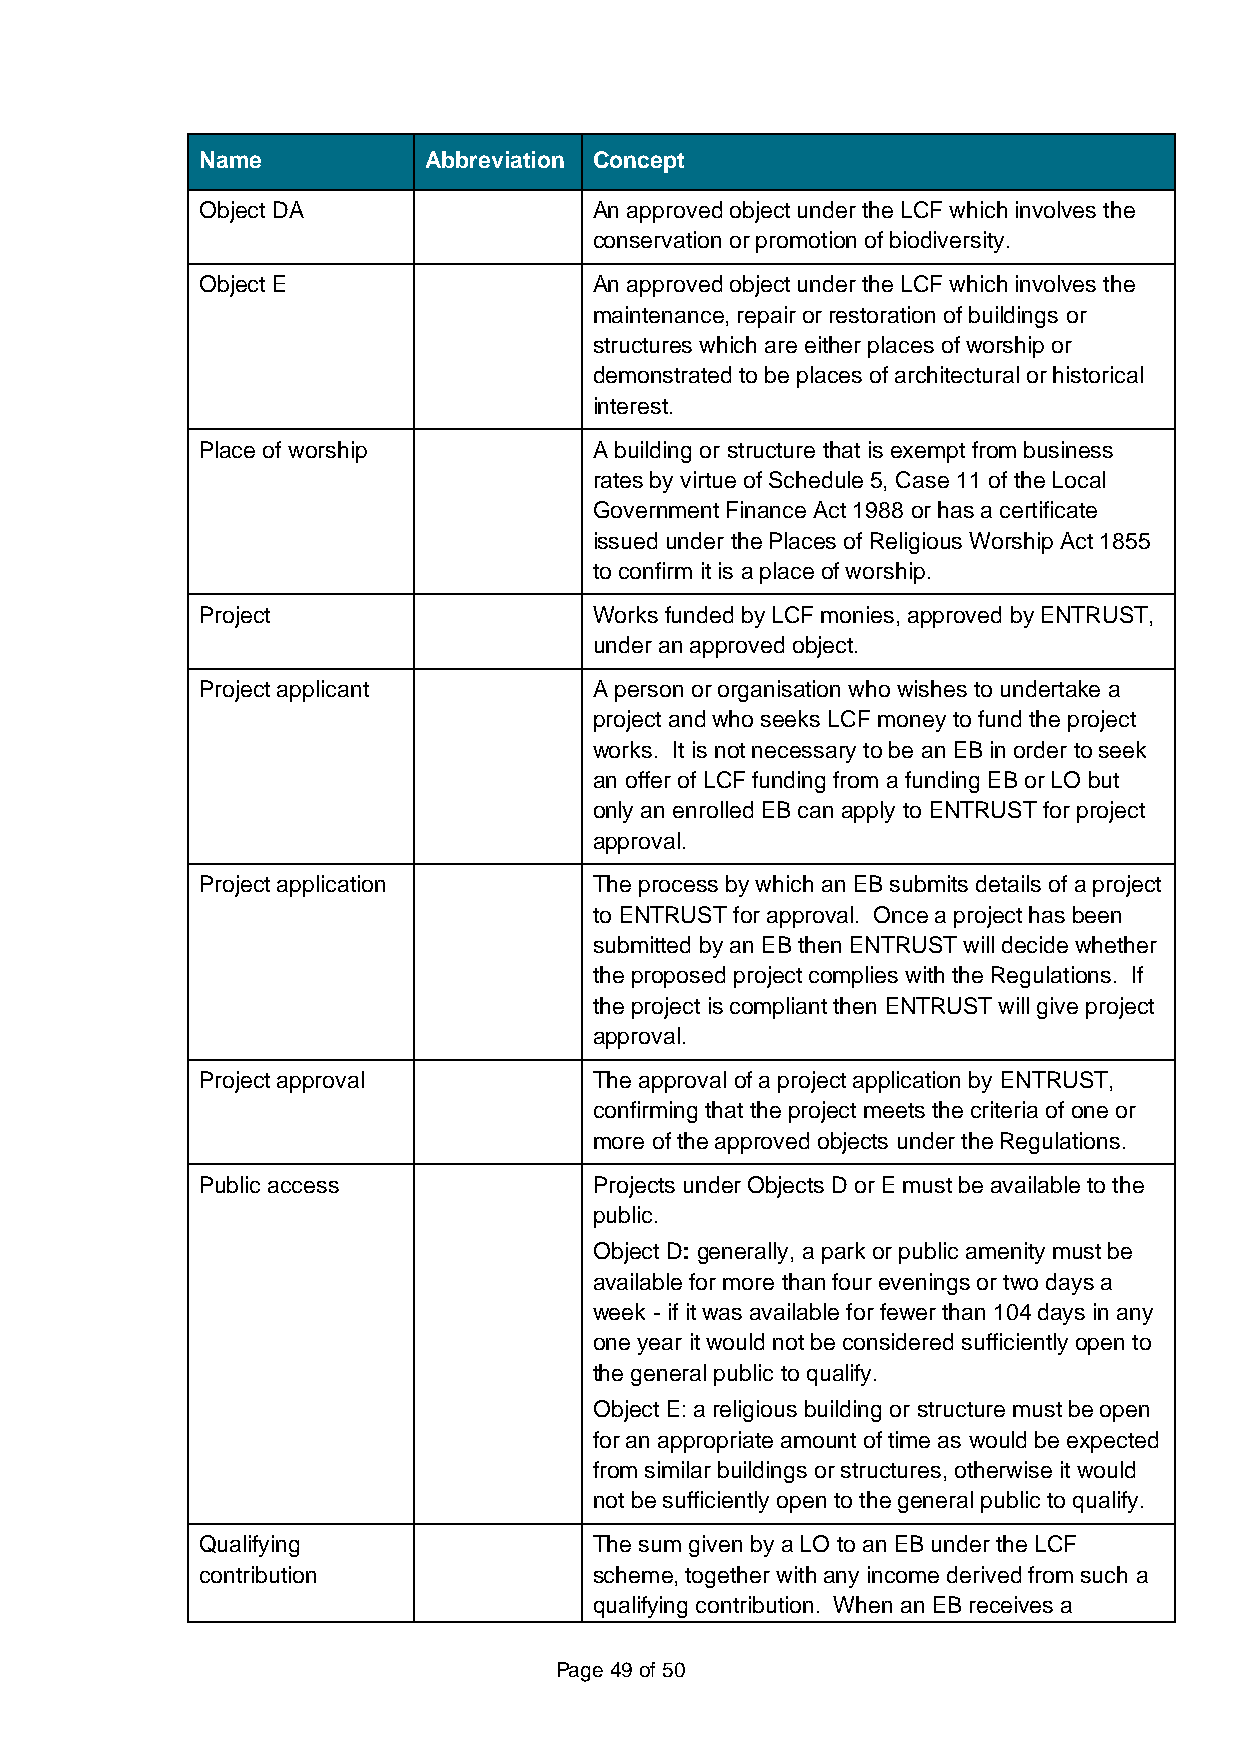
Name           Abbreviation Concept
 Object DA                 An approved object under the LCF which involves the
 conservation or promotion of biodiversity.
 Object E                  An approved object under the LCF which involves the
 maintenance, repair or restoration of buildings or
 structures which are either places of worship or
 demonstrated to be places of architectural or historical
 interest.
 Place of worship          A building or structure that is exempt from business
 rates by virtue of Schedule 5, Case 11 of the Local
 Government Finance Act 1988 or has a certificate
 issued under the Places of Religious Worship Act 1855
 to confirm it is a place of worship.
 Project                   Works funded by LCF monies, approved by ENTRUST,
 under an approved object.
 Project applicant         A person or organisation who wishes to undertake a
 project and who seeks LCF money to fund the project
 works. It is not necessary to be an EB in order to seek
 an offer of LCF funding from a funding EB or LO but
 only an enrolled EB can apply to ENTRUST for project
 approval.
 Project application       The process by which an EB submits details of a project
 to ENTRUST for approval. Once a project has been
 submitted by an EB then ENTRUST will decide whether
 the proposed project complies with the Regulations. If
 the project is compliant then ENTRUST will give project
 approval.
 Project approval          The approval of a project application by ENTRUST,
 confirming that the project meets the criteria of one or
 more of the approved objects under the Regulations.
 Public access             Projects under Objects D or E must be available to the
 public.
 Object D: generally, a park or public amenity must be
 available for more than four evenings or two days a
 week - if it was available for fewer than 104 days in any
 one year it would not be considered sufficiently open to
 the general public to qualify.
 Object E: a religious building or structure must be open
 for an appropriate amount of time as would be expected
 from similar buildings or structures, otherwise it would
 not be sufficiently open to the general public to qualify.
 Qualifying                The sum given by a LO to an EB under the LCF
 contribution              scheme, together with any income derived from such a
 qualifying contribution. When an EB receives a
 Page 49 of 50